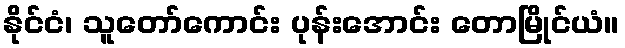
နိုင်ငံ၊ သူတော်ကောင်း ပုန်းအောင်း တောမြိုင်ယံ။